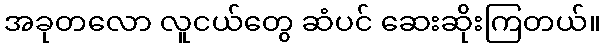
အခုတလော လူငယ်တွေ ဆံပင် ဆေးဆိုးကြတယ်။